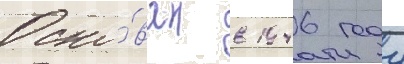
Осно́ван в 1946 году